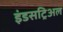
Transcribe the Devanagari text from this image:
इंडसट्रिअल